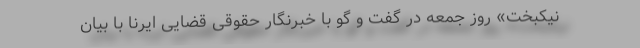
نیکبخت» روز جمعه در گفت و گو با خبرنگار حقوقی قضایی ایرنا با بیان